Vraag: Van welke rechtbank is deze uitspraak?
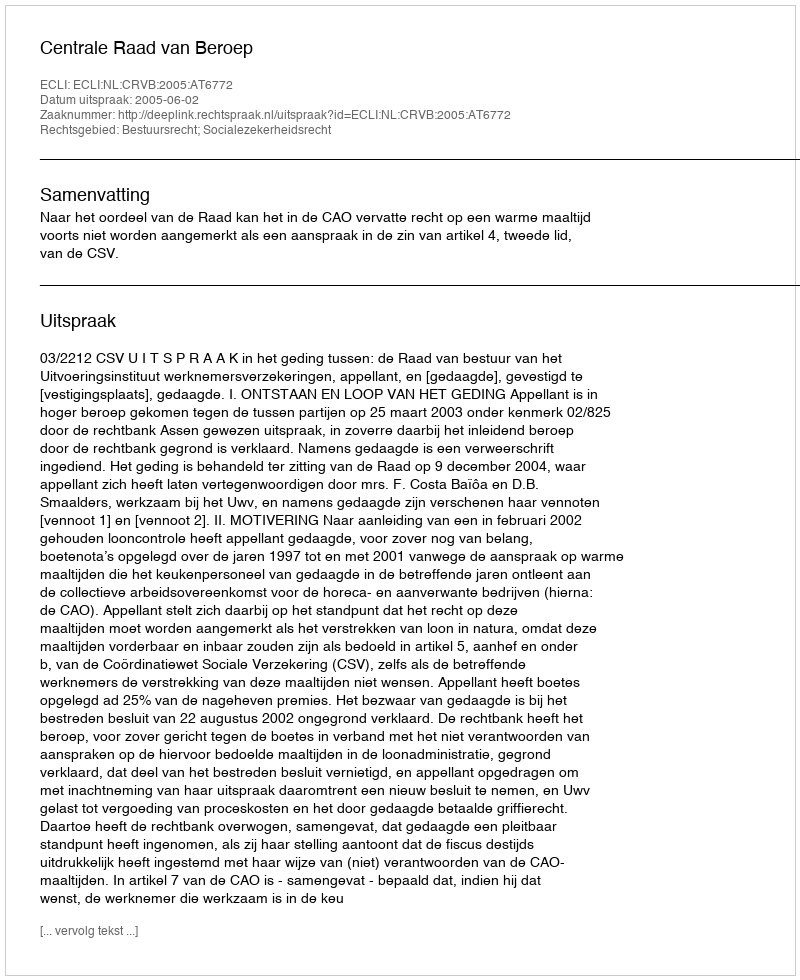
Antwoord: Centrale Raad van Beroep